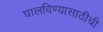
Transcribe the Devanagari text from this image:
घालविण्यासाठीची